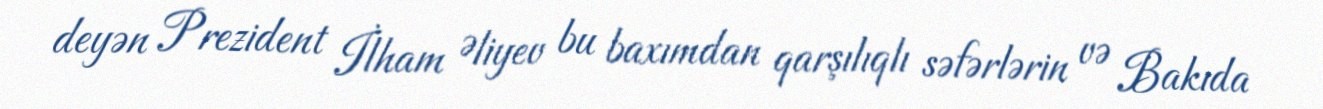
deyən Prezident İlham Əliyev bu baxımdan qarşılıqlı səfərlərin və Bakıda